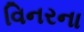
વિનરના